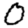
Digit: 0